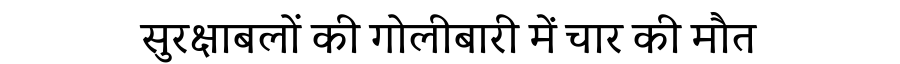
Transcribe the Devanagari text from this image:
सुरक्षाबलों की गोलीबारी में चार की मौत